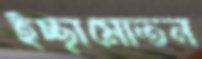
ইচ্ছামোতন